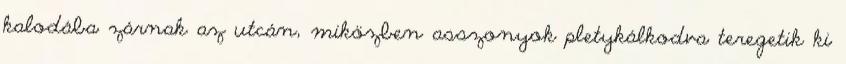
kalodába zárnak az utcán, miközben asszonyok pletykálkodva teregetik ki